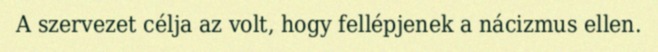
A szervezet célja az volt, hogy fellépjenek a nácizmus ellen.